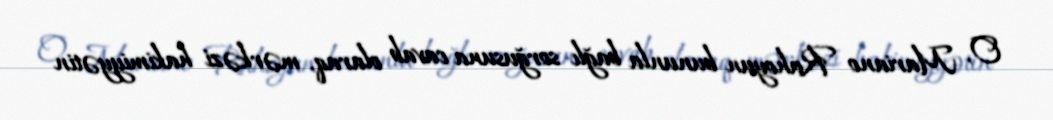
O, Mariano Rahoyun bununla bağlı sorğusuna cavab olaraq, mərkəzi hakimiyyətin